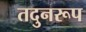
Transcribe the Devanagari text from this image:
तदुनरूप